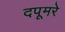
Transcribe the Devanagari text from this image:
दपूमरे